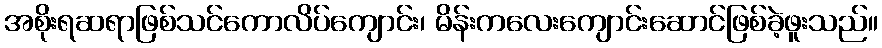
အစိုးရဆရာဖြစ်သင်ကောလိပ်ကျောင်း၊ မိန်းကလေးကျောင်းဆောင်ဖြစ်ခဲ့ဖူးသည်။